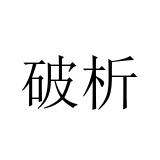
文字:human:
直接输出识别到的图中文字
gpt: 破析